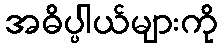
အဓိပ္ပါယ်များကို